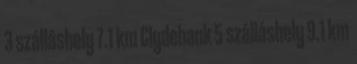
3 szálláshely 7.1 km Clydebank 5 szálláshely 9.1 km